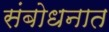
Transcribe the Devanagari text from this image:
संबोधनात